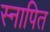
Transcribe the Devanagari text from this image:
स्नापित